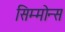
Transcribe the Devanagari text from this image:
सिम्मोन्स